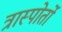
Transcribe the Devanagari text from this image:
त्रास्पोर्तो